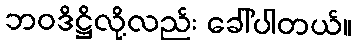
ဘဝဒိဋ္ဌိလို့လည်း ခေါ်ပါတယ်။